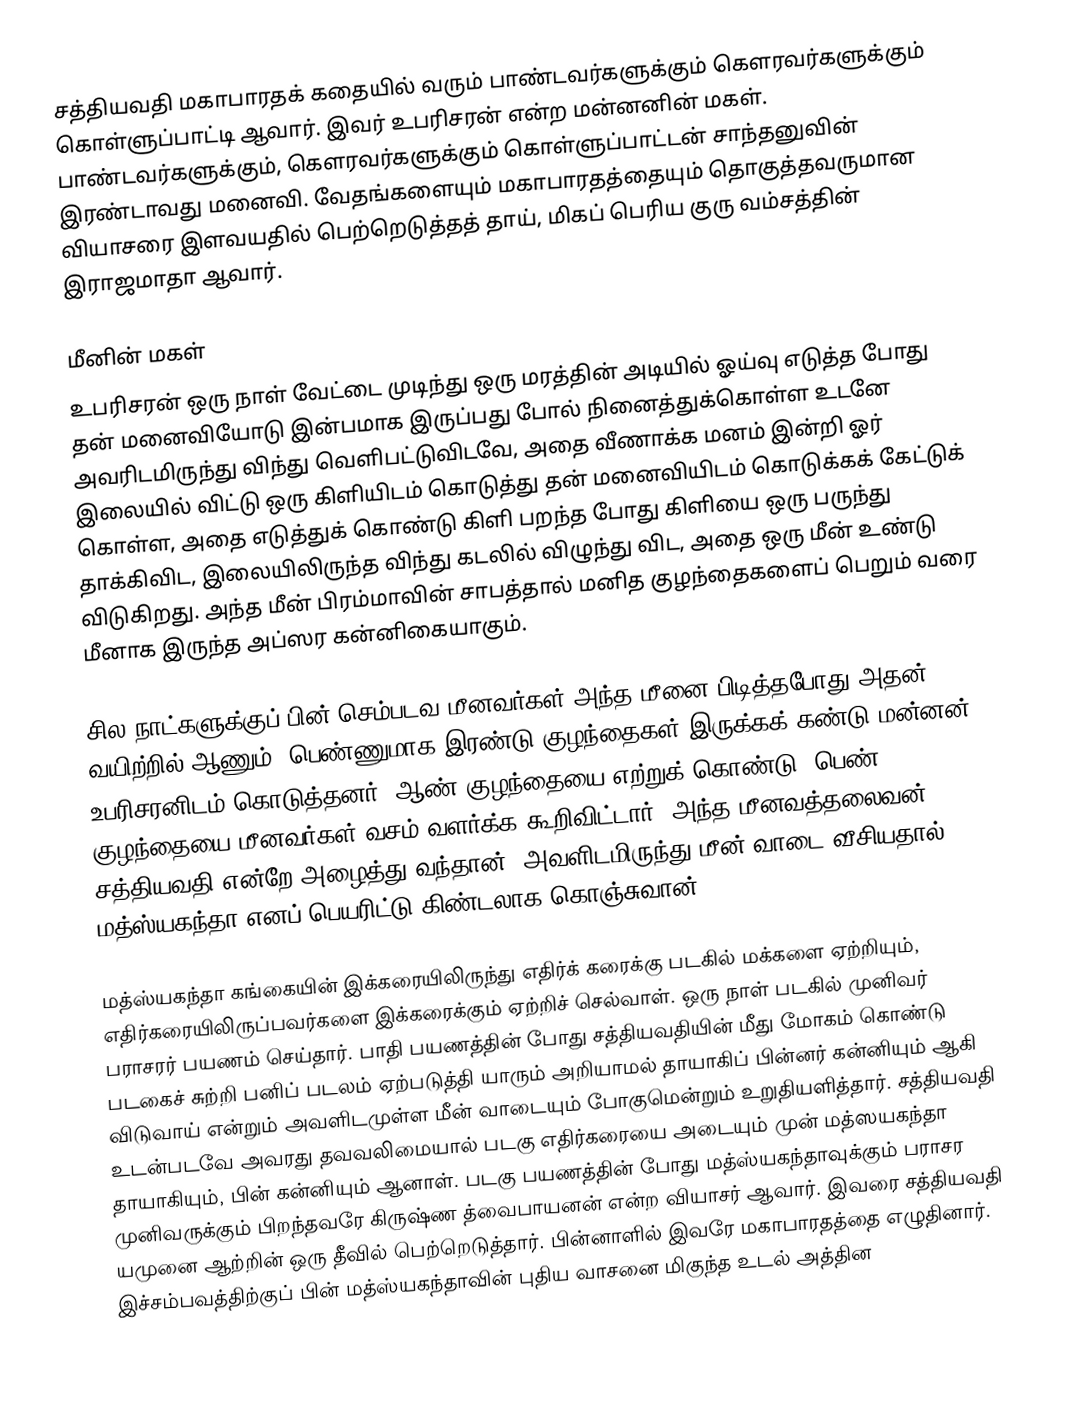
சத்தியவதி மகாபாரதக் கதையில் வரும் பாண்டவர்களுக்கும் கௌரவர்களுக்கும் கொள்ளுப்பாட்டி ஆவார். இவர் உபரிசரன் என்ற மன்னனின் மகள். பாண்டவர்களுக்கும், கௌரவர்களுக்கும் கொள்ளுப்பாட்டன் சாந்தனுவின் இரண்டாவது மனைவி. வேதங்களையும் மகாபாரதத்தையும் தொகுத்தவருமான வியாசரை இளவயதில் பெற்றெடுத்தத் தாய், மிகப் பெரிய குரு வம்சத்தின் இராஜமாதா ஆவார்.

மீனின் மகள்
உபரிசரன் ஒரு நாள் வேட்டை முடிந்து ஒரு மரத்தின் அடியில் ஓய்வு எடுத்த போது தன் மனைவியோடு இன்பமாக இருப்பது போல் நினைத்துக்கொள்ள உடனே அவரிடமிருந்து விந்து வெளிபட்டுவிடவே, அதை வீணாக்க மனம் இன்றி ஓர் இலையில் விட்டு ஒரு கிளியிடம் கொடுத்து தன் மனைவியிடம் கொடுக்கக் கேட்டுக் கொள்ள, அதை எடுத்துக் கொண்டு கிளி பறந்த போது கிளியை ஒரு பருந்து தாக்கிவிட, இலையிலிருந்த விந்து கடலில் விழுந்து விட, அதை ஒரு மீன் உண்டு விடுகிறது. அந்த மீன் பிரம்மாவின் சாபத்தால் மனித குழந்தைகளைப் பெறும் வரை மீனாக இருந்த அப்ஸர கன்னிகையாகும்.

சில நாட்களுக்குப் பின் செம்படவ மீனவர்கள் அந்த மீனை பிடித்தபோது அதன் வயிற்றில் ஆணும், பெண்ணுமாக இரண்டு குழந்தைகள் இருக்கக் கண்டு மன்னன் உபரிசரனிடம் கொடுத்தனர். ஆண் குழந்தையை எற்றுக் கொண்டு, பெண் குழந்தையை மீனவர்கள் வசம் வளர்க்க கூறிவிட்டார். அந்த மீனவத்தலைவன் சத்தியவதி என்றே அழைத்து வந்தான். அவளிடமிருந்து மீன் வாடை வீசியதால் மத்ஸ்யகந்தா எனப் பெயரிட்டு கிண்டலாக கொஞ்சுவான்.

மத்ஸ்யகந்தா கங்கையின் இக்கரையிலிருந்து எதிர்க் கரைக்கு படகில் மக்களை ஏற்றியும், எதிர்கரையிலிருப்பவர்களை இக்கரைக்கும் ஏற்றிச் செல்வாள். ஒரு நாள் படகில் முனிவர் பராசரர் பயணம் செய்தார். பாதி பயணத்தின் போது சத்தியவதியின் மீது மோகம் கொண்டு படகைச் சுற்றி பனிப் படலம் ஏற்படுத்தி யாரும் அறியாமல் தாயாகிப் பின்னர் கன்னியும் ஆகி விடுவாய் என்றும் அவளிடமுள்ள மீன் வாடையும் போகுமென்றும் உறுதியளித்தார். சத்தியவதி உடன்படவே அவரது தவவலிமையால் படகு எதிர்கரையை அடையும் முன் மத்ஸயகந்தா தாயாகியும், பின் கன்னியும் ஆனாள். படகு பயணத்தின் போது மத்ஸ்யகந்தாவுக்கும் பராசர முனிவருக்கும் பிறந்தவரே கிருஷ்ண த்வைபாயனன் என்ற வியாசர் ஆவார். இவரை சத்தியவதி யமுனை ஆற்றின் ஒரு தீவில் பெற்றெடுத்தார். பின்னாளில் இவரே மகாபாரதத்தை எழுதினார். இச்சம்பவத்திற்குப் பின் மத்ஸ்யகந்தாவின் புதிய வாசனை மிகுந்த உடல் அத்தின